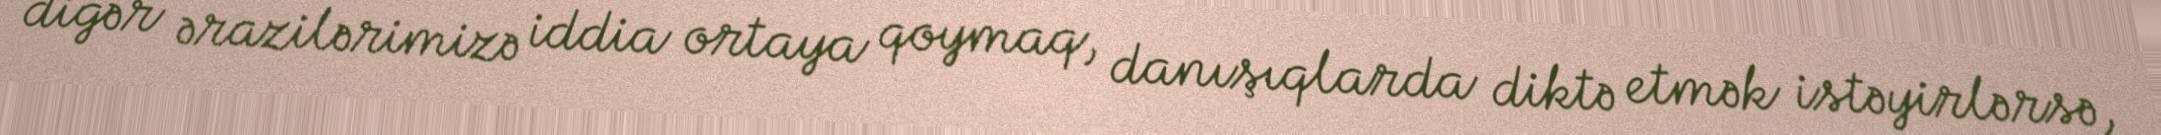
digər ərazilərimizə iddia ortaya qoymaq, danışıqlarda diktə etmək istəyirlərsə,